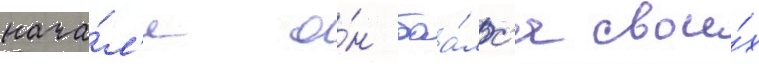
нача́л'е о́н боа́лс'я свои́х